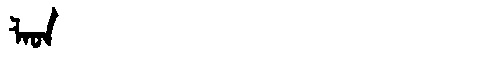
Manchu: ᠯᠠᡠᠨ
Romanization: LAUN